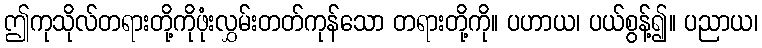
ဤကုသိုလ်တရားတို့ကိုဖုံးလွှမ်းတတ်ကုန်သော တရားတို့ကို။ ပဟာယ၊ ပယ်စွန့်၍။ ပညာယ၊